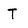
Character: T